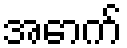
အောက်